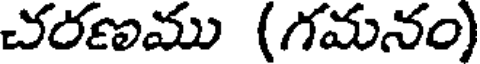
చరణము (గమనం)